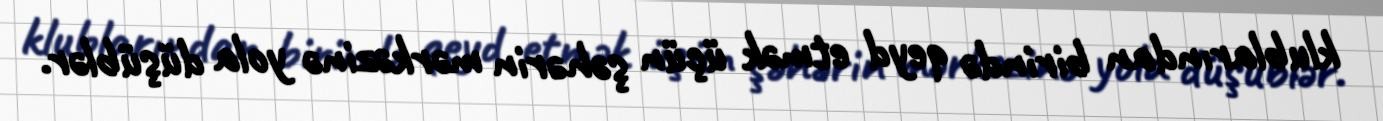
klublarından birində qeyd etmək üçün şəhərin mərkəzinə yola düşüblər.